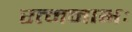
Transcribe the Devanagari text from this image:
रत्ननाभः